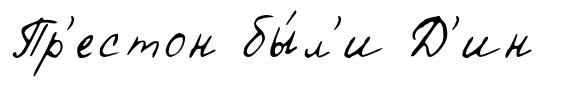
Пр'естон бы́л'и Д'ин